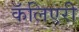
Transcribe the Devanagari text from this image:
कॅलिएरी